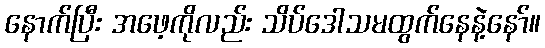
နောက်ပြီး အဖေ့ကိုလည်း သိပ်ဒေါသမထွက်နေနဲ့နော်။